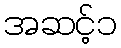
အဆင့်၁